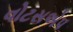
વોટસએપ